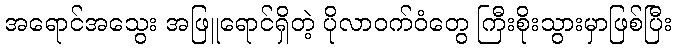
အရောင်အသွေး အဖြူရောင်ရှိတဲ့ ပိုလာဝက်ဝံတွေ ကြီးစိုးသွားမှာဖြစ်ပြီး